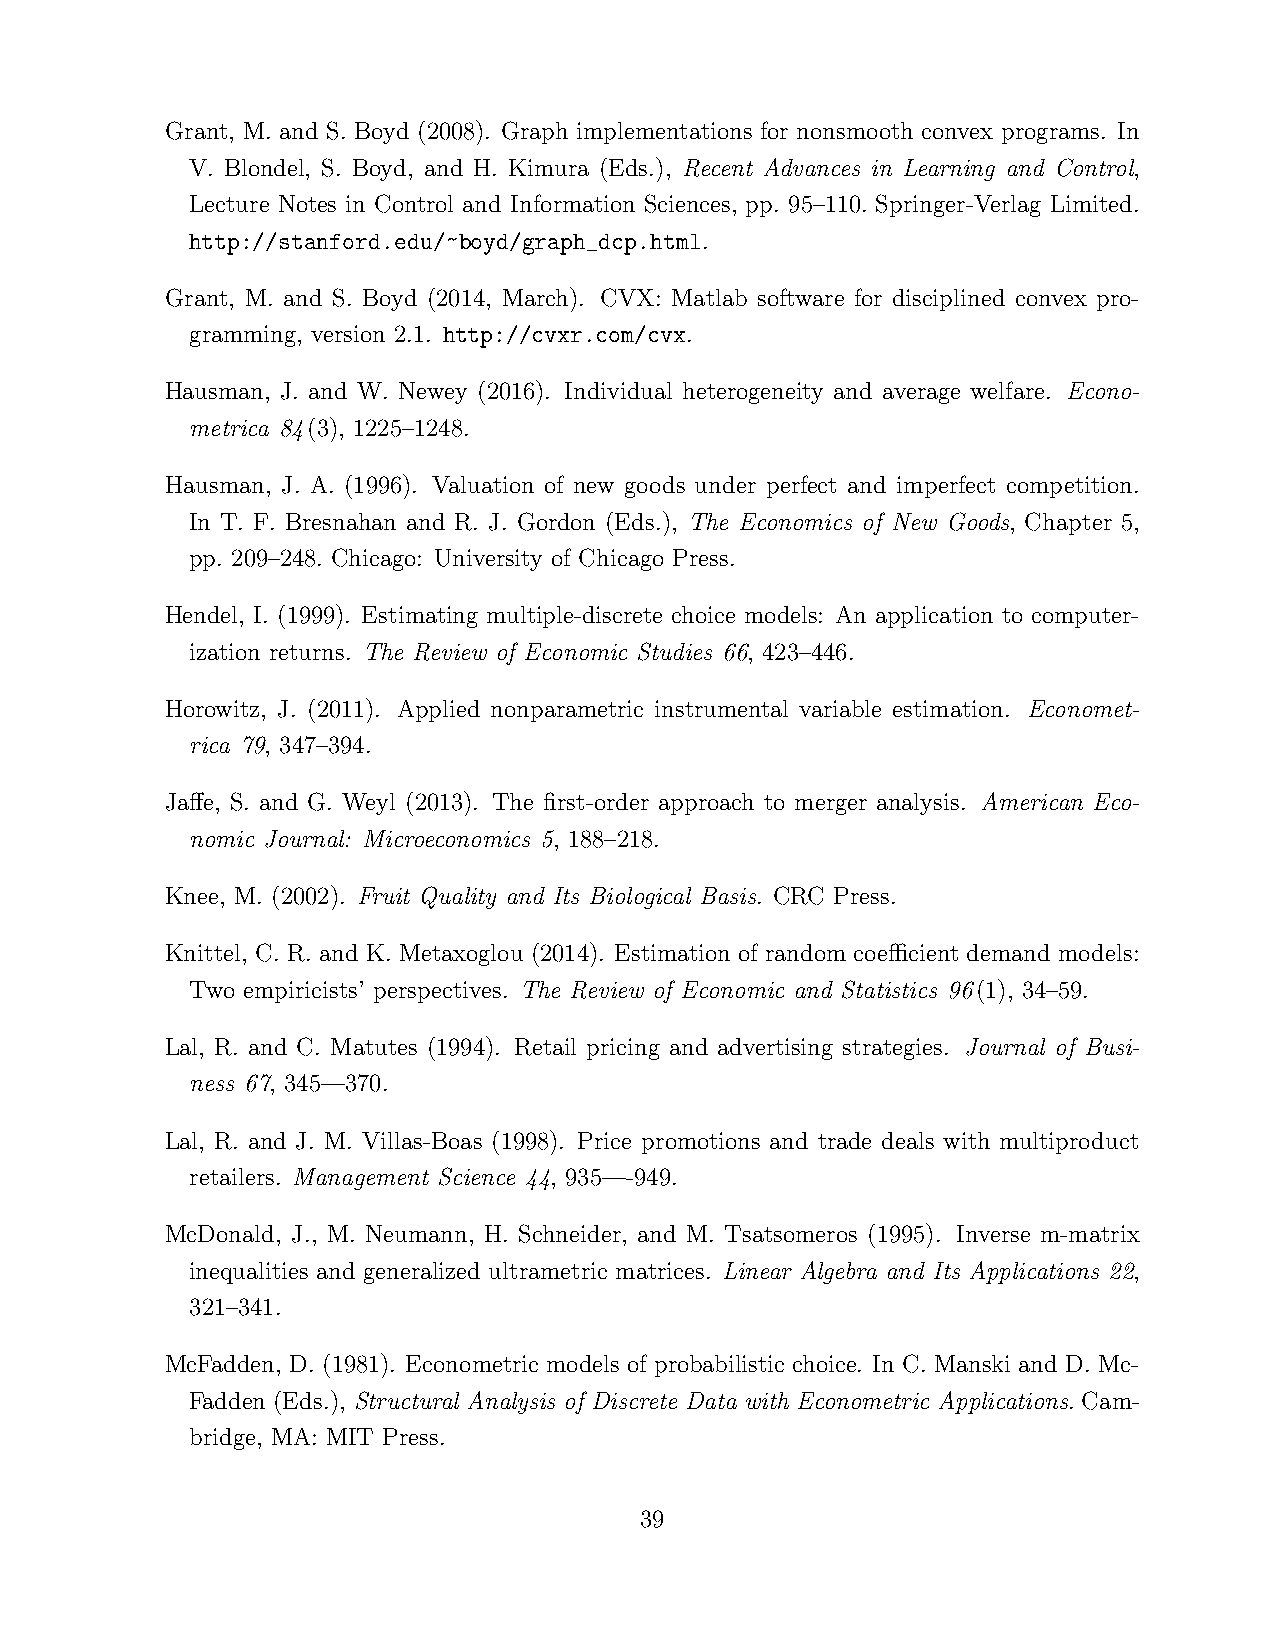
Grant, M. and S. Boyd (2008). Graph implementations for nonsmooth convex programs. In
 V. Blondel, S. Boyd, and H. Kimura (Eds.), Recent Advances in Learning and Control,
 Lecture Notes in Control and Information Sciences, pp. 95–110. Springer-Verlag Limited.
 http://stanford.edu/~boyd/graph_dcp.html.
 Grant, M. and S. Boyd (2014, March). CVX: Matlab software for disciplined convex pro-
 gramming, version 2.1. http://cvxr.com/cvx.
 Hausman, J. and W. Newey (2016). Individual heterogeneity and average welfare. Econo-
 metrica 84(3), 1225–1248.
 Hausman, J. A. (1996). Valuation of new goods under perfect and imperfect competition.
 In T. F. Bresnahan and R. J. Gordon (Eds.), The Economics of New Goods, Chapter 5,
 pp. 209–248. Chicago: University of Chicago Press.
 Hendel, I. (1999). Estimating multiple-discrete choice models: An application to computer-
 ization returns. The Review of Economic Studies 66, 423–446.
 Horowitz, J. (2011). Applied nonparametric instrumental variable estimation. Economet-
 rica 79, 347–394.
 Jaffe, S. and G. Weyl (2013). The first-order approach to merger analysis. American Eco-
 nomic Journal: Microeconomics 5, 188–218.
 Knee, M. (2002). Fruit Quality and Its Biological Basis. CRC Press.
 Knittel, C. R. and K. Metaxoglou (2014). Estimation of random coefficient demand models:
 Two empiricists’ perspectives. The Review of Economic and Statistics 96(1), 34–59.
 Lal, R. and C. Matutes (1994). Retail pricing and advertising strategies. Journal of Busi-
 ness 67, 345––370.
 Lal, R. and J. M. Villas-Boas (1998). Price promotions and trade deals with multiproduct
 retailers. Management Science 44, 935—-949.
 McDonald, J., M. Neumann, H. Schneider, and M. Tsatsomeros (1995). Inverse m-matrix
 inequalities and generalized ultrametric matrices. Linear Algebra and Its Applications 22,
 321–341.
 McFadden, D. (1981). Econometric models of probabilistic choice. In C. Manski and D. Mc-
 Fadden (Eds.), Structural Analysis of Discrete Data with Econometric Applications. Cam-
 bridge, MA: MIT Press.
 39